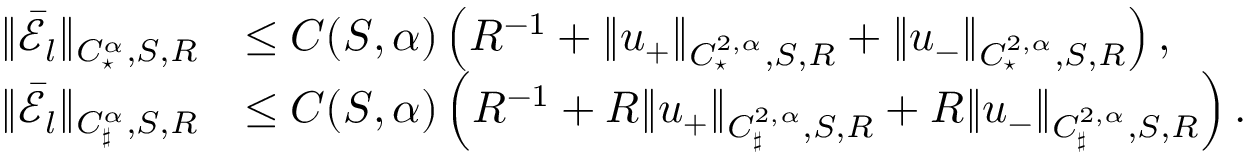
\begin{array} { r l } { \| \bar { \mathcal { E } _ { l } } \| _ { C _ { \star } ^ { \alpha } , S , R } } & { \leq C ( S , \alpha ) \left( R ^ { - 1 } + \| u _ { + } \| _ { C _ { \star } ^ { 2 , \alpha } , S , R } + \| u _ { - } \| _ { C _ { \star } ^ { 2 , \alpha } , S , R } \right) , } \\ { \| \bar { \mathcal { E } _ { l } } \| _ { C _ { \sharp } ^ { \alpha } , S , R } } & { \leq C ( S , \alpha ) \left( R ^ { - 1 } + R \| u _ { + } \| _ { C _ { \sharp } ^ { 2 , \alpha } , S , R } + R \| u _ { - } \| _ { C _ { \sharp } ^ { 2 , \alpha } , S , R } \right) . } \end{array}